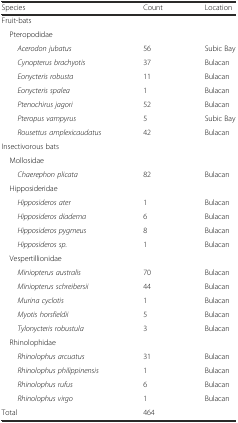
<table><thead><tr><td><b>Species</b></td><td><b>Count</b></td><td><b>Location</b></td></tr></thead><tbody><tr><td>Fruit-bats</td><td></td><td></td></tr><tr><td> Pteropodidae</td><td></td><td></td></tr><tr><td><i>Acerodon jubatus</i></td><td>56</td><td>Subic Bay</td></tr><tr><td><i>Cynopterus brachyotis</i></td><td>37</td><td>Bulacan</td></tr><tr><td><i>Eonycteris robusta</i></td><td>11</td><td>Bulacan</td></tr><tr><td><i>Eonycteris spalea</i></td><td>1</td><td>Bulacan</td></tr><tr><td><i>Ptenochirus jagori</i></td><td>52</td><td>Bulacan</td></tr><tr><td><i>Pteropus vampyrus</i></td><td>5</td><td>Subic Bay</td></tr><tr><td><i>Rousettus amplexicaudatus</i></td><td>42</td><td>Bulacan</td></tr><tr><td>Insectivorous bats</td><td></td><td></td></tr><tr><td> Mollosidae</td><td></td><td></td></tr><tr><td><i>Chaerephon plicata</i></td><td>82</td><td>Bulacan</td></tr><tr><td> Hipposideridae</td><td></td><td></td></tr><tr><td><i>Hipposideros ater</i></td><td>1</td><td>Bulacan</td></tr><tr><td><i>Hipposideros diadema</i></td><td>6</td><td>Bulacan</td></tr><tr><td><i>Hipposideros pygmeus</i></td><td>8</td><td>Bulacan</td></tr><tr><td><i>Hipposideros sp.</i></td><td>1</td><td>Bulacan</td></tr><tr><td> Vespertillionidae</td><td></td><td></td></tr><tr><td><i>Miniopterus australis</i></td><td>70</td><td>Bulacan</td></tr><tr><td><i>Miniopterus schreibersii</i></td><td>44</td><td>Bulacan</td></tr><tr><td><i>Murina cyclotis</i></td><td>1</td><td>Bulacan</td></tr><tr><td><i>Myotis horsfieldii</i></td><td>5</td><td>Bulacan</td></tr><tr><td><i>Tylonycteris robustula</i></td><td>3</td><td>Bulacan</td></tr><tr><td> Rhinolophidae</td><td></td><td></td></tr><tr><td><i>Rhinolophus arcuatus</i></td><td>31</td><td>Bulacan</td></tr><tr><td><i>Rhinolophus philippinensis</i></td><td>1</td><td>Bulacan</td></tr><tr><td><i>Rhinolophus rufus</i></td><td>6</td><td>Bulacan</td></tr><tr><td><i>Rhinolophus virgo</i></td><td>1</td><td>Bulacan</td></tr><tr><td>Total</td><td>464</td><td></td></tr></tbody></table>